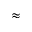
\approx